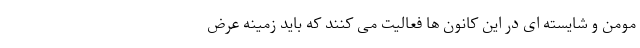
مومن و شایسته ای در این کانون ها فعالیت می کنند که باید زمینه عرض